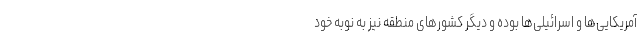
آمریکایی‌ها و اسرائیلی‌ها بوده و دیگر کشورهای منطقه نیز به نوبه خود